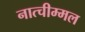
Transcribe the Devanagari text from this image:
नात्चीम्मल